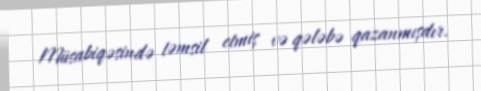
Müsabiqəsində təmsil etmiş və qələbə qazanmışdır.